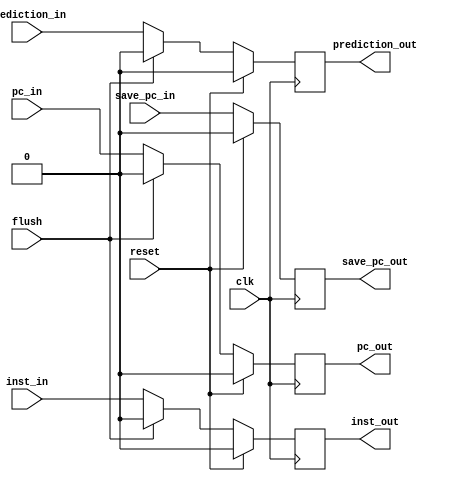
`timescale 1ns/1ns

  module IF_ID#(
		parameter INST_WIDTH = 1,
		parameter PC_WIDTH = 1
		)(
		  input 		      clk,
		  input 		      reset,
		  input 		      flush,
		  input [PC_WIDTH-1:0] 	      pc_in,
		  input 		      prediction_in,
		  input [PC_WIDTH-1:0] 	      save_pc_in,
		  input [INST_WIDTH-1:0]      inst_in, 
	          output reg [PC_WIDTH-1:0]   pc_out,
		  output reg [INST_WIDTH-1:0] inst_out,
		  output reg 		      prediction_out,
		  output reg [PC_WIDTH-1:0]   save_pc_out
		  );

   always @(posedge clk)
     if (reset)
       begin
	  pc_out <= 0 ;
	  inst_out <= 0;
	  save_pc_out <= 0;	  
	  prediction_out <= 0;	  
       end
     else if(flush)
       begin
//	  pc_out <= pc_in ;
	  pc_out <= 0 ;
	  inst_out <= 0;	  
	  prediction_out <= 0;
//	  save_pc_out <= 0;
	  save_pc_out <= save_pc_in;
       end  
     else   
       begin
	  pc_out <= pc_in ;
	  inst_out <= inst_in;
	  save_pc_out <= save_pc_in;	  
	  prediction_out <= prediction_in;
       end
   
     endmodule